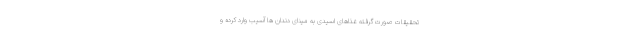
تحقیقات صورت گرفته غذاهای اسیدی به مینای دندان ها آسیب وارد کرده و